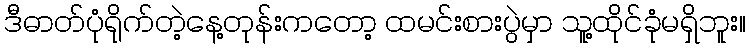
ဒီဓာတ်ပုံရိုက်တဲ့နေ့တုန်းကတော့ ထမင်းစားပွဲမှာ သူ့ထိုင်ခုံမရှိဘူး။